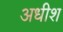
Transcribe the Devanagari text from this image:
अधीश